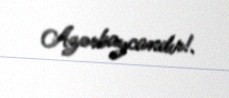
Azərbaycandır!.